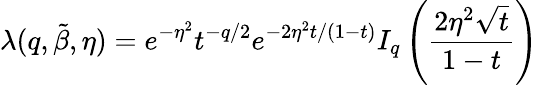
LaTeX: \lambda(q,\tilde{\beta},\eta)=e^{-\eta^{2}}t^{-q/2}e^{-2\eta^{2}t/(1-t)}I_{q}\left(\frac{2\eta^{2}\sqrt{t}}{1-t}\right)